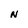
Character: N